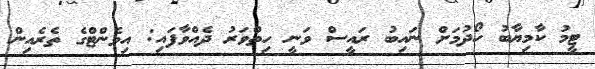
ޓީމު ކާމިޔާބު ހޯދުމަށް ނައިބު ރައީސް ވަނީ ހިތްވަރު ދެއްވާފައި: އިވެންޓްގެ ތެރެއިން